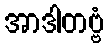
အာဒါတဗ္ဗံ